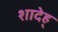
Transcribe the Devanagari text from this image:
शादेह्